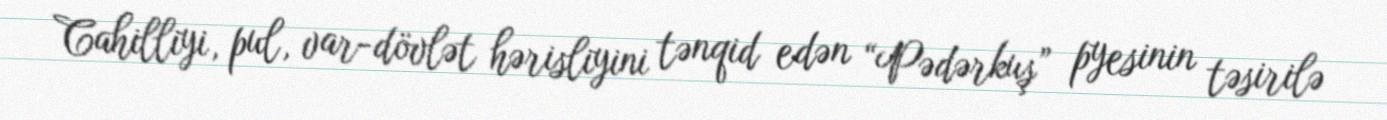
Cahilliyi, pul, var-dövlət hərisliyini tənqid edən “Pədərkuş” pyesinin təsirilə